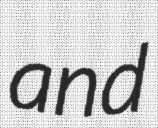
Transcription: and